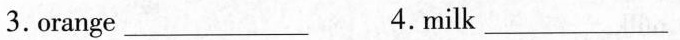
3. orange ___ 4. milk ___